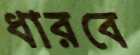
ধারবে